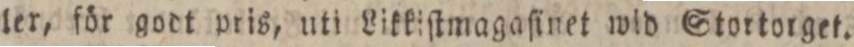
ler, för godt pris, uti Likkiſtmagaſinet wid Stortorget.